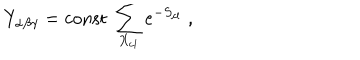
Y _ { \alpha \beta \gamma } = \mathrm { c o n s t } ~ \sum _ { X _ { \mathrm { c l } } } e ^ { - S _ { \mathrm { c l } } } \; ,